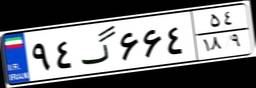
۹۴گ۶۶۴۵۴